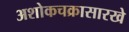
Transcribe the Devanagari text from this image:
अशोकचक्रासारखे